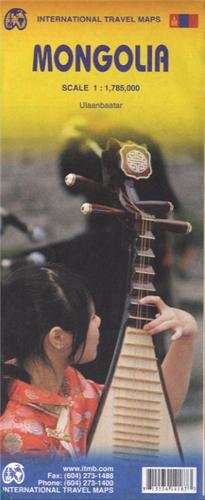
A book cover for Mongolia 1:1,785,000 ITM 2012 (International Travel Maps); ITMB Publishing LTD; Travel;